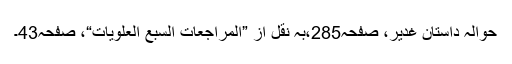
حوالہ داستانِ غدیر، صفحہ285،بہ نقل از ”المراجعات السبع العلویات“، صفحہ43۔